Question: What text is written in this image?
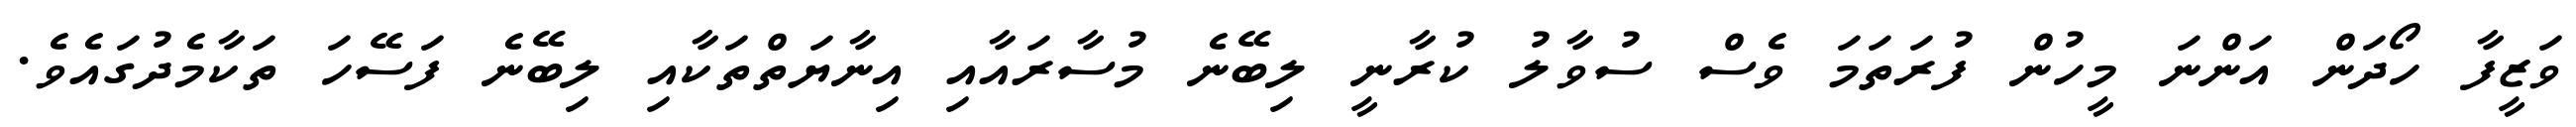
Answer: ވަޒީފާ ހޯދަން އަންނަ މީހުން ފުރަތަމަ ވެސް ސުވާލު ކުރާނީ ލިބޭނެ މުސާރައާއި އިނާޔަތްތަކާއި ލިބޭނެ ފަސޭހަ ތަކާމެދުގައެވެ.